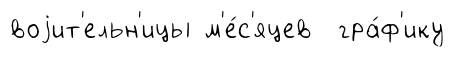
воjит'ельн'ицы м'е́с'яцев гра́ф'ику